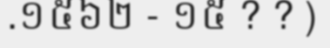
.១៥៦២ - ១៥ ? ? )